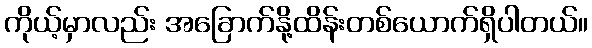
ကိုယ့်မှာလည်း အခြောက်နို့ထိန်းတစ်ယောက်ရှိပါတယ်။